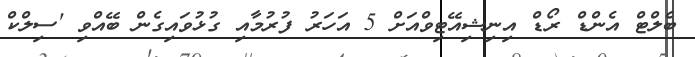
ބެލްޓް އެންޑް ރޯޑް އިނިޝިއޭޓިވްއަށް 5 އަހަރު ފުރުމާއި ގުޅުވައިގެން ބޭއްވި 'ސިލްކް